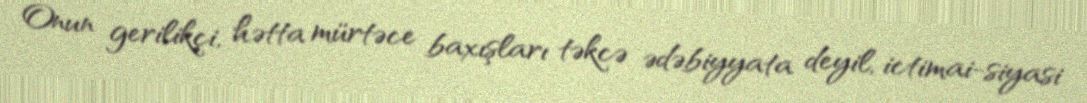
Onun gerilikçi, hətta mürtəce baxışları təkcə ədəbiyyata deyil, ictimai-siyasi